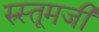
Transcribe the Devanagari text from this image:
रुस्तूमजी